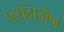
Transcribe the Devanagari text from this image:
प्लॉगमैन